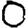
Digit: 0